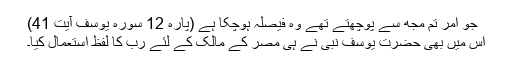
جو امر تم مجھ سے پوچھتے تھے وہ فیصلہ ہوچکا ہے (پارہ 12 سورہ یوسف آیت 41)
اس میں بھی حضرت یوسف نبی نے ہی مصر کے مالک کے لئے رب کا لفظ استعمال کیا۔